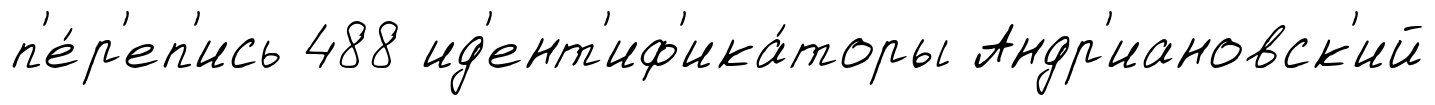
п'е́р'еп'ись 488 ид'ент'иф'ика́торы Андр'иановск'ий